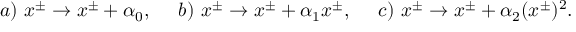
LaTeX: a ) ~ x ^ { \pm } \rightarrow x ^ { \pm } + \alpha _ { 0 } , ~ ~ ~ ~ b ) ~ x ^ { \pm } \rightarrow x ^ { \pm } + { \alpha _ { 1 } } x ^ { \pm } , ~ ~ ~ ~ c ) ~ x ^ { \pm } \rightarrow { x ^ { \pm } } + \alpha _ { 2 } ( x ^ { \pm } ) ^ { 2 } .